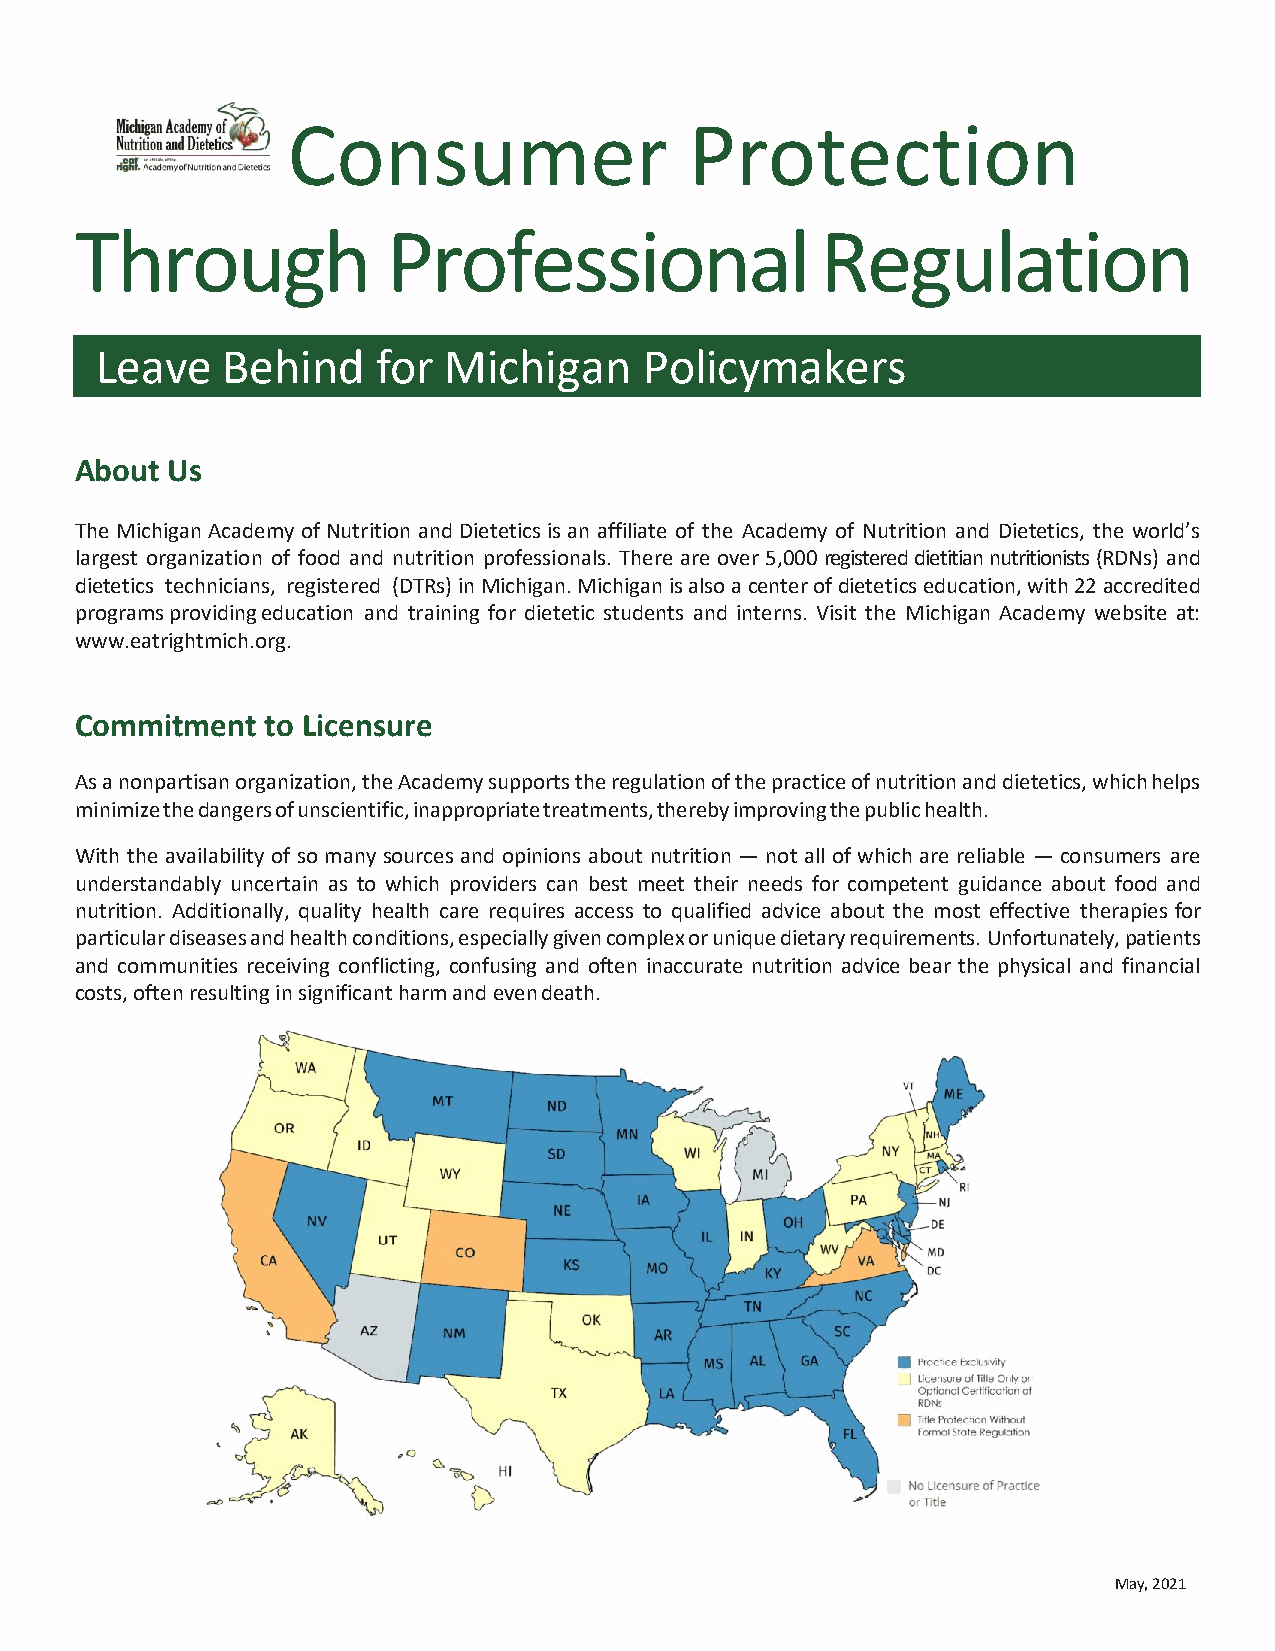
Consumer                   Protection
 Through              Professional                Regulation
 Leave    Behind    for Michigan      Policymakers
 About Us
 The Michigan Academy of Nutrition and Dietetics is an affiliate of the Academy of Nutrition and Dietetics, the world’s
 largest organization of food and nutrition professionals. There are over 5,000 registered dietitian nutritionists (RDNs) and
 dietetics technicians, registered (DTRs) in Michigan. Michigan is also a center of dietetics education, with 22 accredited
 programs providing education and training for dietetic students and interns. Visit the Michigan Academy website at:
 www.eatrightmich.org.
 Commitment   to Licensure
 As a nonpartisan organization, the Academy supports the regulation of the practice of nutrition and dietetics, which helps
 minimize the dangers of unscientific, inappropriate treatments, thereby improving the public health.
 With the availability of so many sources and opinions about nutrition — not all of which are reliable — consumers are
 understandably uncertain as to which providers can best meet their needs for competent guidance about food and
 nutrition. Additionally, quality health care requires access to qualified advice about the most effective therapies for
 particular diseases and health conditions, especially given complex or unique dietary requirements. Unfortunately, patients
 and communities receiving conflicting, confusing and often inaccurate nutrition advice bear the physical and financial
 costs, often resulting in significant harm and even death.
 May, 2021